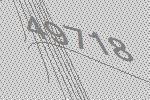
49718